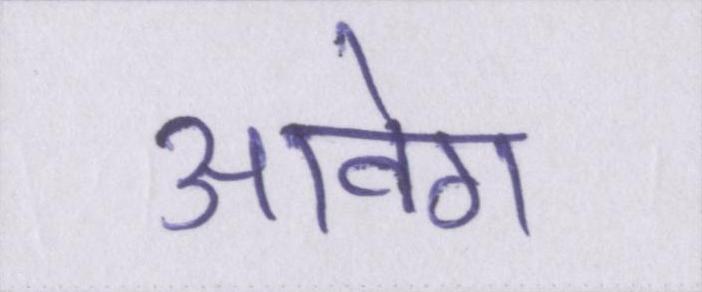
आवेग